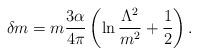
LaTeX: \begin{align*}\delta m=m\frac{3\alpha}{4\pi}\left(\ln\frac{\Lambda^2}{m^2}+\frac12\right).\end{align*}